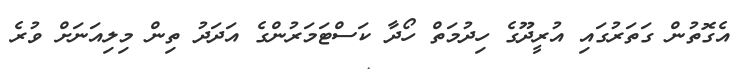
އެގޮތުން ގަތަރުގައި އުރީދޫގެ ހިދުމަތް ހޯދާ ކަސްޓަމަރުންގެ އަދަދު ތިން މިލިއަނަށް ވުރެ